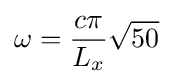
\omega ={\frac {c\pi }{L_{x}}}{\sqrt {50}}